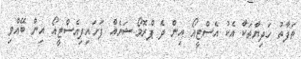
ތަފާތު ހަދިޔާތަކާ އެކު އެސްޓީއޯ އިން ދެ ޕްރޮމޯޝަނެއް ފަށައިފިއެސްޓީއޯ އިން ބޭއްވި